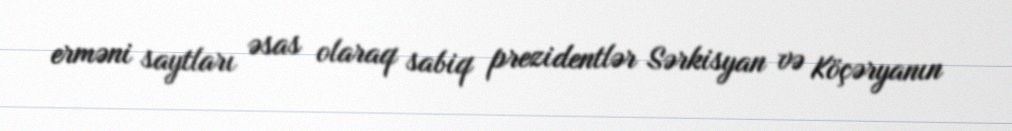
erməni saytları əsas olaraq sabiq prezidentlər Sərkisyan və Köçəryanın